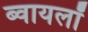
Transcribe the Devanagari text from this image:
ब्वायलॉ